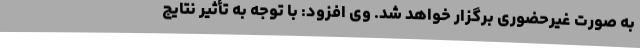
به صورت غیرحضوری برگزار خواهد شد. وی افزود: با توجه به تأثیر نتایج